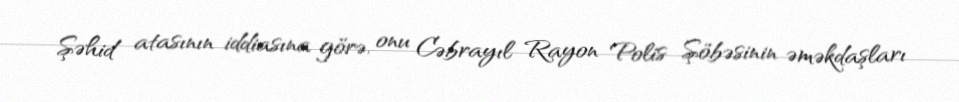
Şəhid atasının iddiasına görə, onu Cəbrayıl Rayon Polis Şöbəsinin əməkdaşları